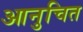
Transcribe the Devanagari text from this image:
आनुचित